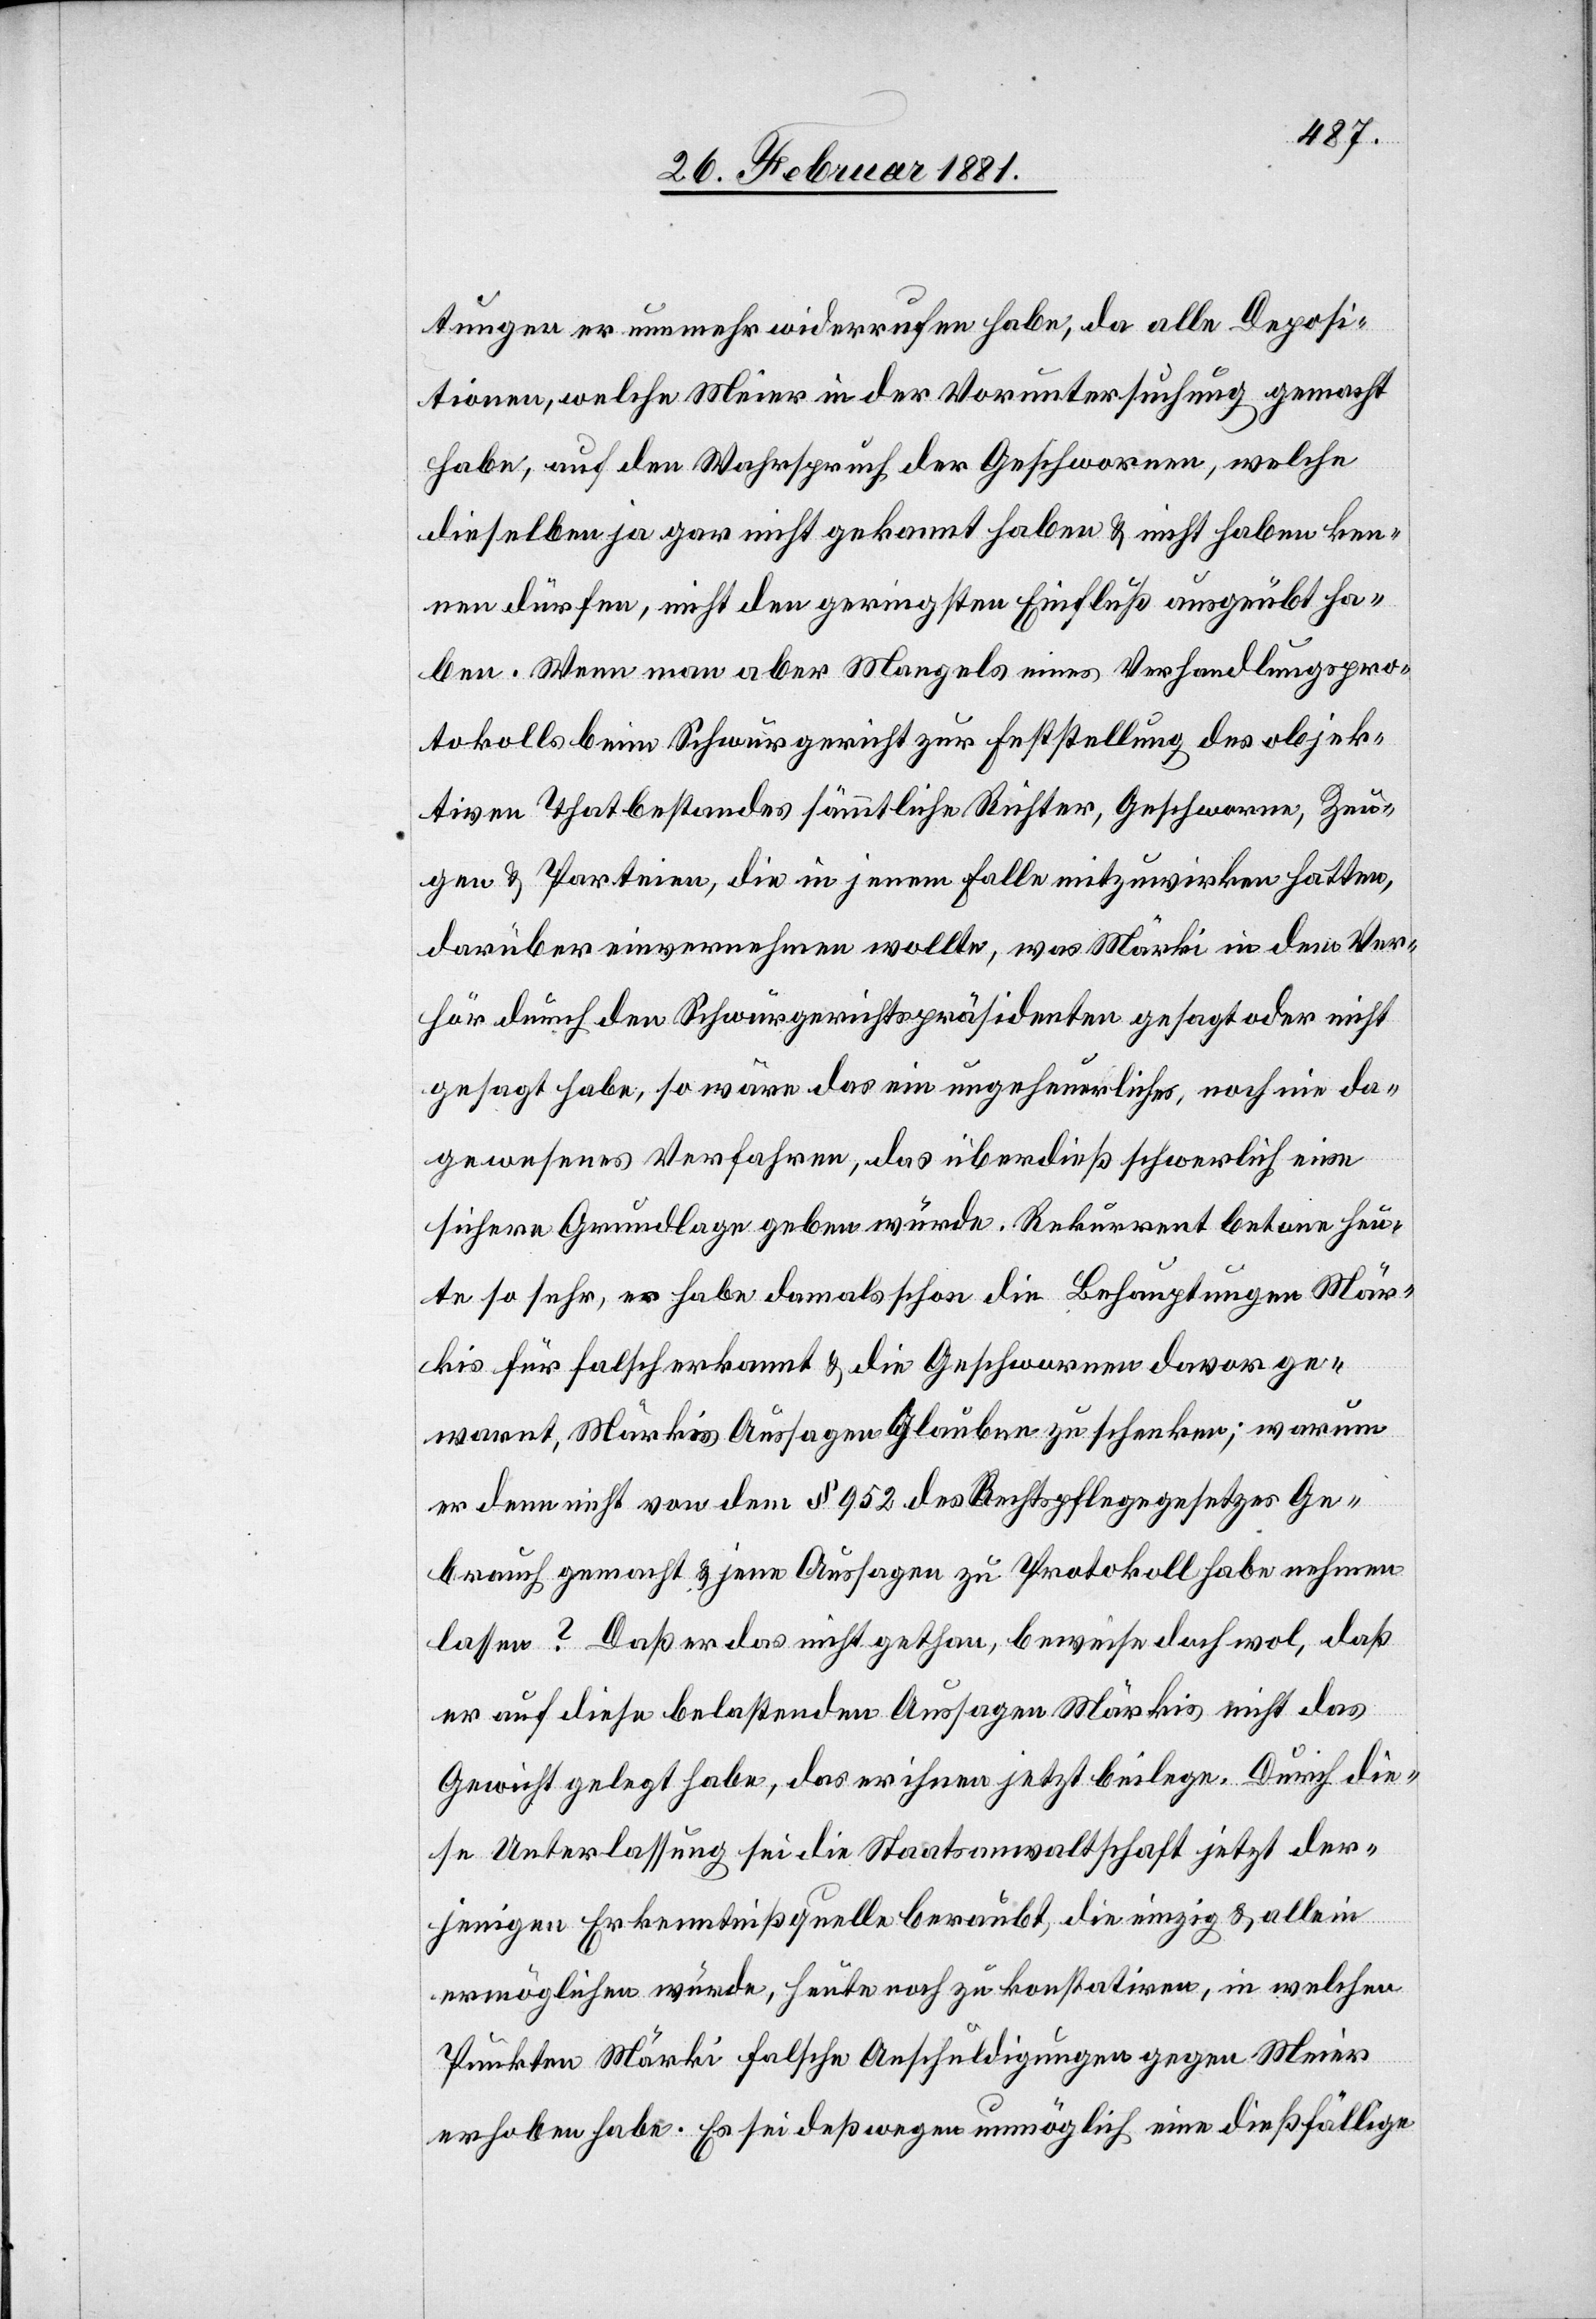
tungen er nunmehr widerrufen habe, da alle Deposi¬
tionen, welche Meier in der Voruntersuchung gemacht
habe, auf den Wahrspruch der Geschwornen , welche
dieselben ja gar nicht gekannt haben & nicht haben ken¬
nen dürfen, nicht den geringsten Einfluß ausgeübt ha¬
ben. Wenn man aber Mangels eines Verhandlungspro¬
tokolls beim Schwurgericht zur Feststellung des objek¬
tiven Thatbestandes sämmtliche Richter, Geschworne, Zeu¬
gen & Parteien, die in jenem Falle mitzuwirken hatten,
darüber einvernehmen wollte, was Märki in dem Ver¬
hör durch den Schwurgerichtspräsidenten gesagt oder nicht
gesagt habe, so wäre das ein ungeheuerliches, noch nie da¬
gewesenes Verfahren, das überdieß schwerlich eine
sichere Grundlage geben würde. Rekurrent betone heu¬
te so sehr, er habe damals schon die Behauptungen Mär¬
kis für falsch erkannt & die Geschworenen davor ge¬
warnt, Märkis Aussagen Glauben zu schenken; warum
er denn nicht von dem § 952 des Rechtspflegegesetzes Ge¬
brauch gemacht & jene Aussagen zu Protokoll habe nehmen
lassen? Daß er das nicht gethan, beweise doch wol, daß
er auf diese belastenden Aussagen Märkis nicht das
Gewicht gelegt habe, das er ihnen jetzt beilege. Durch die¬
se Unterlassung sei die Staatsanwaltschaft jetzt der¬
jenigen Erkenntnißquelle beraubt, die einzig, & allein
ermöglichen würde, heute noch zu konstatiren, in welchen
Punkten Märki falsche Anschuldigungen gegen Meier
erhoben habe. Es sei deßwegen unmöglich eine dießfällige